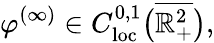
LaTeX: \varphi^{(\infty)}\in C_{\mathrm{loc}}^{0,1}\big(\overline{{\mathbb{R}_{+}^{2}}}\big),